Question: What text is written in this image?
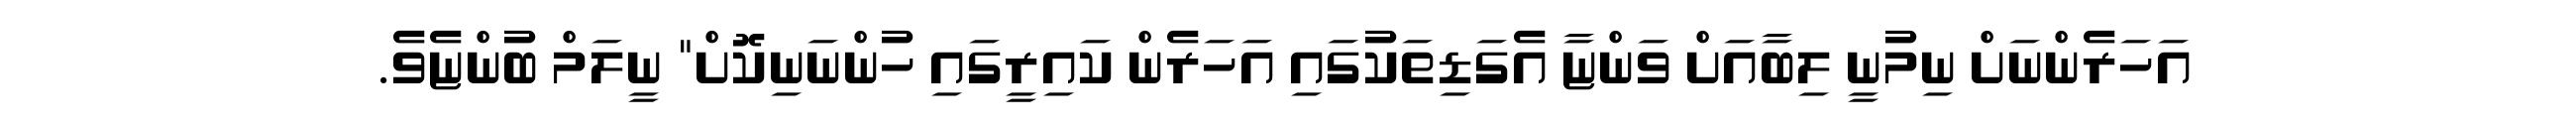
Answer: އަހަރެންނަށް ނިމުނީ ލިބާއަށް ވަންޏާ އެގަޑިތަކުގައި އަހަރެން ކައިރީގައި ހުންނަނިކޮށް" ނީލަމް ބުންޏެވެ.